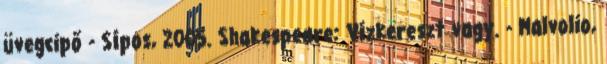
üvegcipő - Sípos, 2005. Shakespeare: Vízkereszt vagy. - Malvolio,